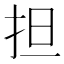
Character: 担